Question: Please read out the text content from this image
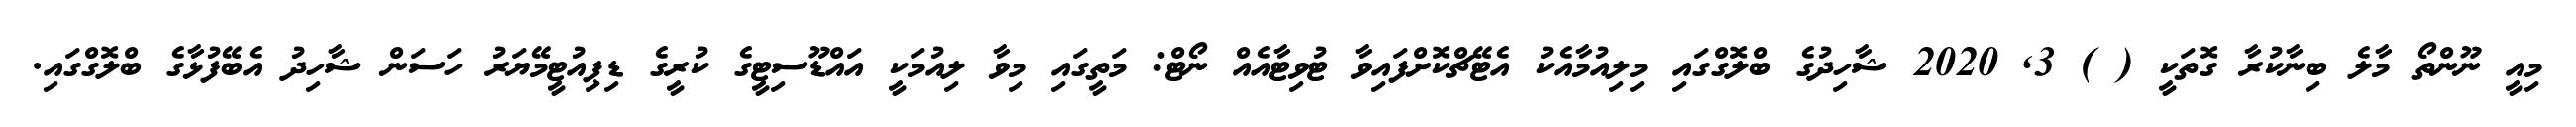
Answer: މިއީ ނޫންތޯ މާލެ ބިނާކުރާ ގޮތަކީ ( ) 3, 2020 ޝާހިދުގެ ބްލޮގްގައި މިލިއުމާއެކު އެޓޭޗްކޮށްފައިވާ ޓުވިޓާއެއް ނޯޓް: މަތީގައި މިވާ ލިއުމަކީ އައްޑޫސިޓީގެ ކުރީގެ ޑިޕިއުޓީމޭޔަރު ހަސަން ޝާހިދު އެބޭފުޅާގެ ބްލޮގްގައި.